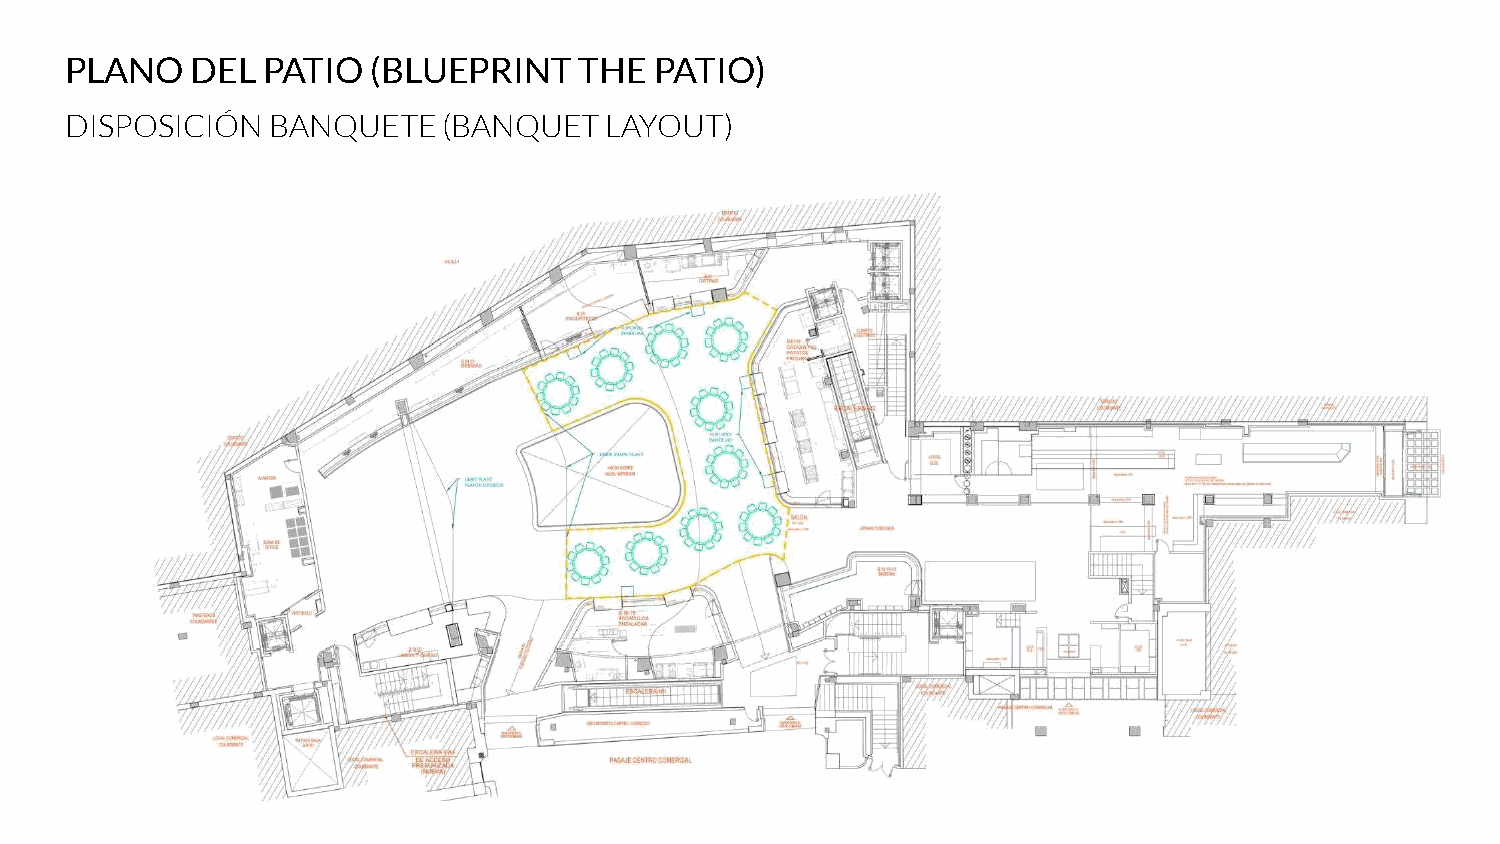
PLANO    DEL PATIO   (BLUEPRINT   THE  PATIO)
 DISPOSICIÓN   BANQUETE   (BANQUET   LAYOUT)